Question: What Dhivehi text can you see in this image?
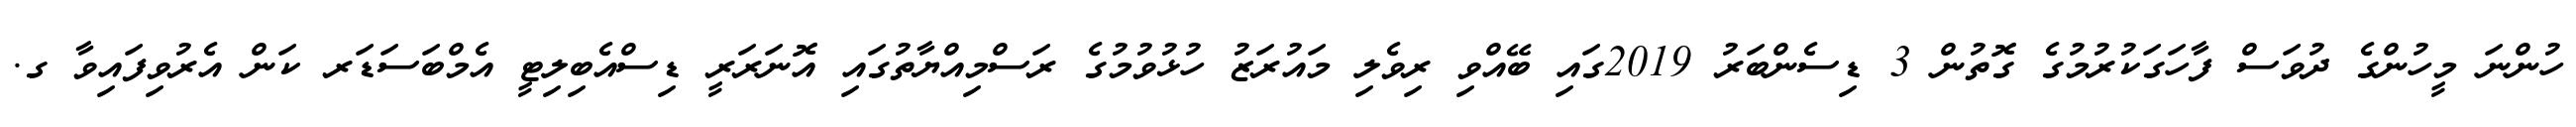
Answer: ހުންނަ މީހުންގެ ދުވަސް ފާހަގަކުރުމުގެ ގޮތުން 3 ޑިސެންބަރު 2019ގައި ބޭއްވި ރިވެލި މައުރަޒު ހުޅުވުމުގެ ރަސްމިއްޔާތުގައި އޮނަރަރީ ޑިސްއެބިލިޓީ އެމްބަސަޑަރ ކަން އެރުވިފައިވާ ގ.